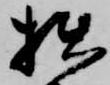
拙